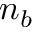
n _ { b }